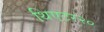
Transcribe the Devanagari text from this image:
थिएटर२०